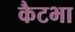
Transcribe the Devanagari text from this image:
कैटभा